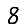
Digit: 8